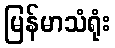
မြန်မာသံရုံး